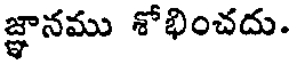
జ్ఞానము శోభించదు.